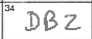
Transcription: DBZ